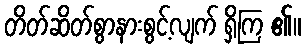
တိတ်ဆိတ်စွာနားစွင့်လျက် ရှိကြ ၏။